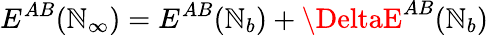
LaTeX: E^{AB}(\mathbb{N}_{\infty})=E^{AB}(\mathbb{N}_{b})+\DeltaE^{AB}(\mathbb{N}_{b})